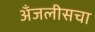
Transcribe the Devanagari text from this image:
अँजलीसचा